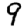
Digit: 9